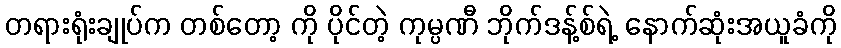
တရားရုံးချုပ်က တစ်တော့ ကို ပိုင်တဲ့ ကုမ္ပဏီ ဘိုက်ဒန့်စ်ရဲ့ နောက်ဆုံးအယူခံကို